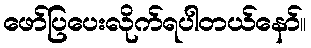
ဖော်ပြပေးလိုက်ရပါတယ်နော်။